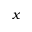
x